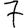
Digit: 7